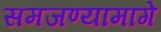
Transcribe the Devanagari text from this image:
समजण्यामागे